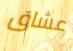
عشاق